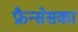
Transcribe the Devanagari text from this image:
फ्रैन्सेसका